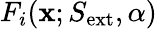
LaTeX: F_{i}(\textbf{x};S_{\mathrm{ext}},\alpha)